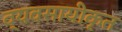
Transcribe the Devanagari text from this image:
व्यवसायीकृत